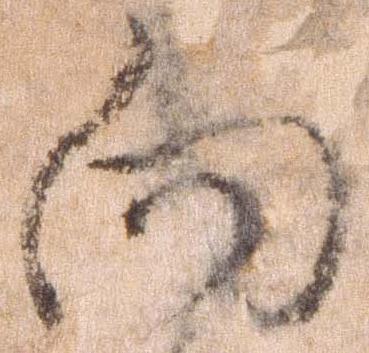
向